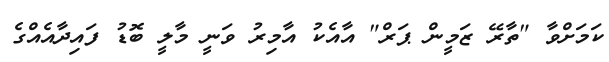
ކަމަށްވާ "ތާރޭ ޒަމީން ޕަރް" އާއެކު އާމިރު ވަނީ މާލީ ބޮޑު ފައިދާއެއްގެ